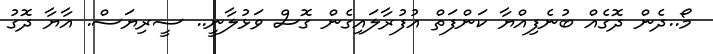
މޯ..ދެން ދޮގެއް ބުނެފިއްޔާ ކަންފަތް އުފުރާލައިގެން ގޮސް ވަޅުލާނީ.. ސީރިޔަސް. އާޔާ ދޮގު